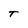
Character: T